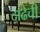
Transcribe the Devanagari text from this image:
दाढेची